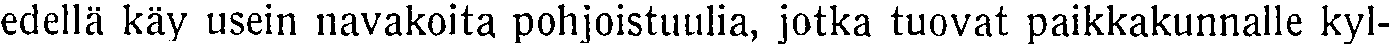
edellä käy usein navakoita pohjoistuulia, jotka tuovat paikkakunnalle kyl-